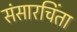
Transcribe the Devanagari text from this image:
संसारचिंता